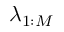
\lambda _ { 1 : M }